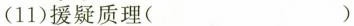
(11)援疑\underset{·}{质}理( )